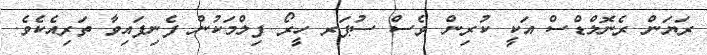
ރަޔަން ރެނޮލްޑްސް އަކީ ކުރިން ވެސް ސުޕަރ ހީރޯ ފިލްމަކުން ފެނިފައިވާ ތަރިއެކެވެ.